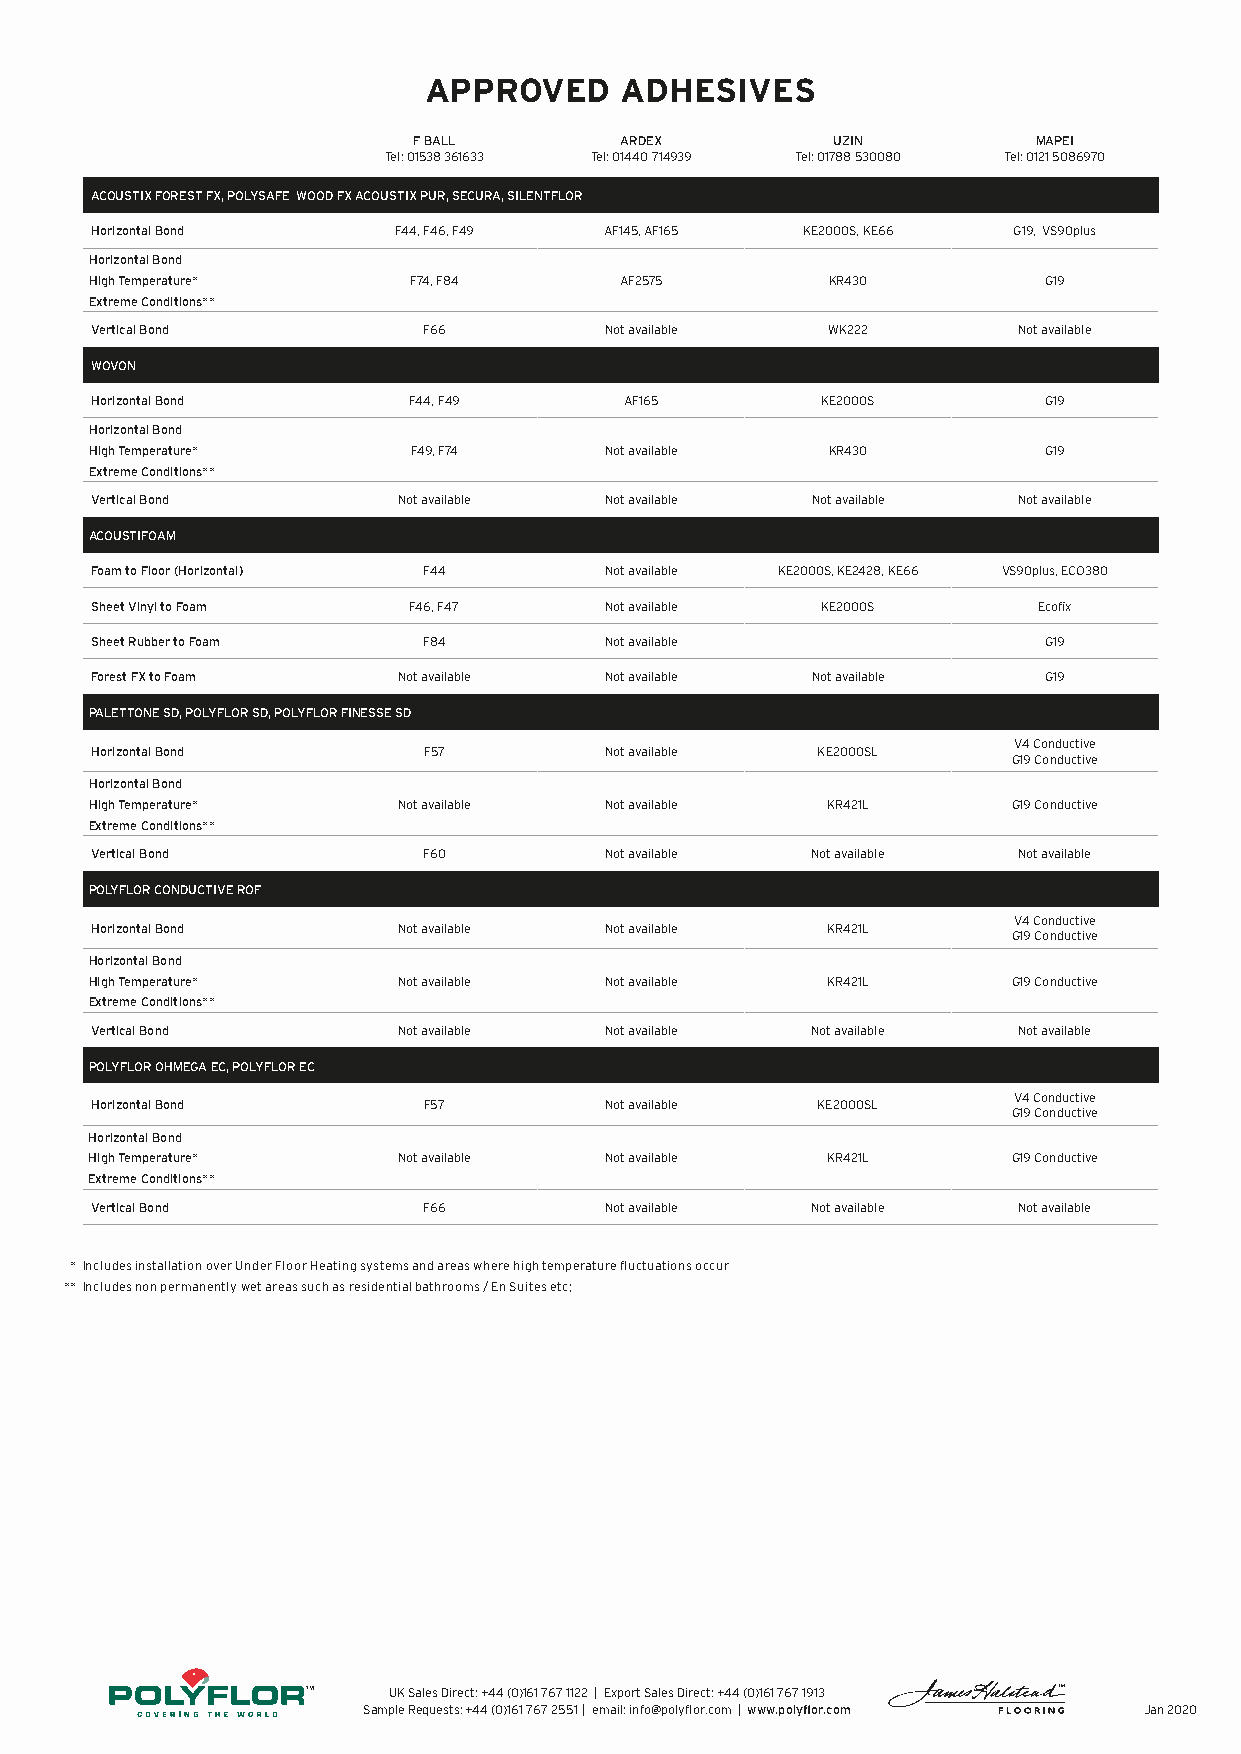
APPROVED     ADHESIVES
 F BALL        ARDEX         UZIN          MAPEI
 Tel: 01538 361633 Tel: 01440 714939 Tel: 01788 530080 Tel: 0121 5086970
 ACOUSTIX FOREST FX, POLYSAFE WOOD FX ACOUSTIX PUR, SECURA, SILENTFLOR
 Horizontal Bond     F44, F46, F49 AF145, AF165 KE2000S, KE66 G19, VS90plus
 Horizontal Bond
 High Temperature*    F74, F84      AF2575        KR430         G19
 Extreme Conditions**
 Vertical Bond         F66         Not available  WK222       Not available
 WOVON
 Horizontal Bond      F44, F49      AF165        KE2000S        G19
 Horizontal Bond
 High Temperature*    F49, F74     Not available  KR430         G19
 Extreme Conditions**
 Vertical Bond       Not available Not available Not available Not available
 ACOUSTIFOAM
 Foam to Floor (Horizontal) F44    Not available KE2000S, KE2428, KE66 VS90plus, ECO380
 Sheet Vinyl to Foam  F46, F47     Not available KE2000S        Ecofix
 Sheet Rubber to Foam  F84         Not available                G19
 Forest FX to Foam   Not available Not available Not available  G19
 PALETTONE SD, POLYFLOR SD, POLYFLOR FINESSE SD
 V4 Conductive
 Horizontal Bond       F57         Not available KE2000SL
 G19 Conductive
 Horizontal Bond
 High Temperature*   Not available Not available  KR421L      G19 Conductive
 Extreme Conditions**
 Vertical Bond         F60         Not available Not available Not available
 POLYFLOR CONDUCTIVE ROF
 V4 Conductive
 Horizontal Bond     Not available Not available  KR421L
 G19 Conductive
 Horizontal Bond
 High Temperature*   Not available Not available  KR421L      G19 Conductive
 Extreme Conditions**
 Vertical Bond       Not available Not available Not available Not available
 POLYFLOR OHMEGA EC, POLYFLOR EC
 V4 Conductive
 Horizontal Bond       F57         Not available KE2000SL
 G19 Conductive
 Horizontal Bond
 High Temperature*   Not available Not available  KR421L      G19 Conductive
 Extreme Conditions**
 Vertical Bond         F66         Not available Not available Not available
 *Includes installation over Under Floor Heating systems and areas where high temperature fluctuations occur
 **Includes non permanently wet areas such as residential bathrooms / En Suites etc;
 UK Sales Direct: +44 (0)161 767 1122 | Export Sales Direct: +44 (0)161 767 1913
 Sample Requests: +44 (0)161 767 2551 | email: info@polyflor.com | www.polyflor.com Jan 2020